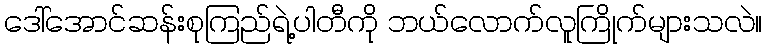
ဒေါ်အောင်ဆန်းစုကြည်ရဲ့ပါတီကို ဘယ်လောက်လူကြိုက်များသလဲ။